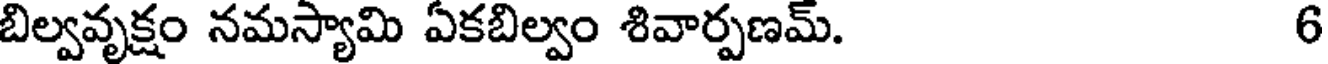
బిల్వవృక్షం నమస్యామి ఏకబిల్వం శివార్పణమ్. 6